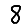
Digit: 8